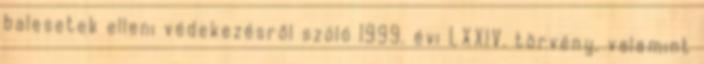
balesetek elleni védekezésről szóló 1999. évi LXXIV. törvény, valamint